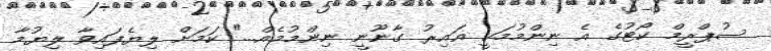
ސުޕްރީމް ކޯޓުގެ އެ ނިންމުމަކީ ޣައިރު ގާނޫނީ ނިންމުމެއް..." ކަމަށް ލިޔެފައިވާ ލިޔުމާ